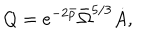
Q = e ^ { - 2 \bar { \rho } } \bar { \Omega } ^ { 5 / 3 } \dot { A } ,